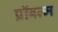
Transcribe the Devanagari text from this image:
प्रॉबल्म